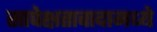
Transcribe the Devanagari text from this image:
सापेक्षतावादामध्ये